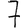
Digit: 7